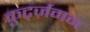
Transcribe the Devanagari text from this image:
कुर्ट्ज़मन